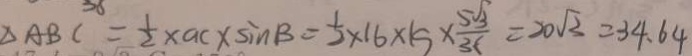
\Delta A B C = \frac { 1 } { 2 } \times a c \times \sin B = \frac { 1 } { 2 } \times 1 6 \times 1 5 \times \frac { 5 \sqrt { 3 } } { 3 6 } = 2 0 \sqrt { 3 } = 3 4 . 6 4